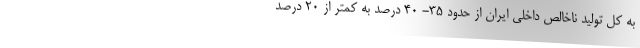
به کل تولید ناخالص داخلی ایران از حدود ۳۵- ۴۰ درصد به کمتر از ۲۰ درصد